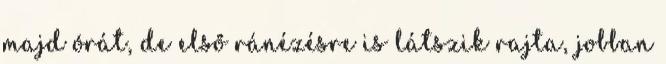
majd órát, de első ránézésre is látszik rajta, jobban